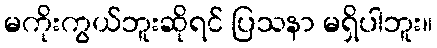
မကိုးကွယ်ဘူးဆိုရင် ပြသနာ မရှိပါဘူး။